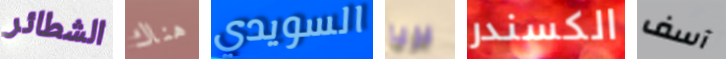
الشطائر هناك السويدي بريا الكسندر آسف